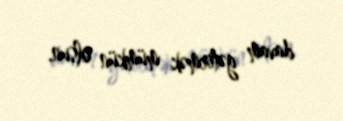
davam gətirmək mümkün olsun.